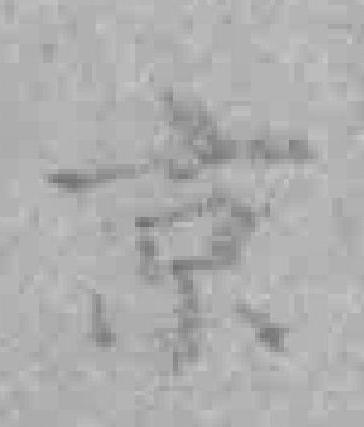
京